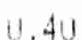
0.40